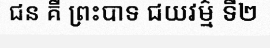
ជន គឺ ព្រះបាទ ជយវម៌្ម ទី២